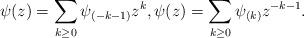
LaTeX: \begin{gather*}\psi_{}(z)=\sum_{k\ge0}\psi_{(-k-1)}z^{k},\psi_{}(z)=\sum_{k\ge0}\psi_{(k)}z^{-k-1}.\end{gather*}